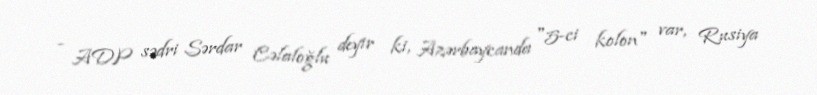
- ADP sədri Sərdar Cəlaloğlu deyir ki, Azərbaycanda "5-ci kolon" var, Rusiya